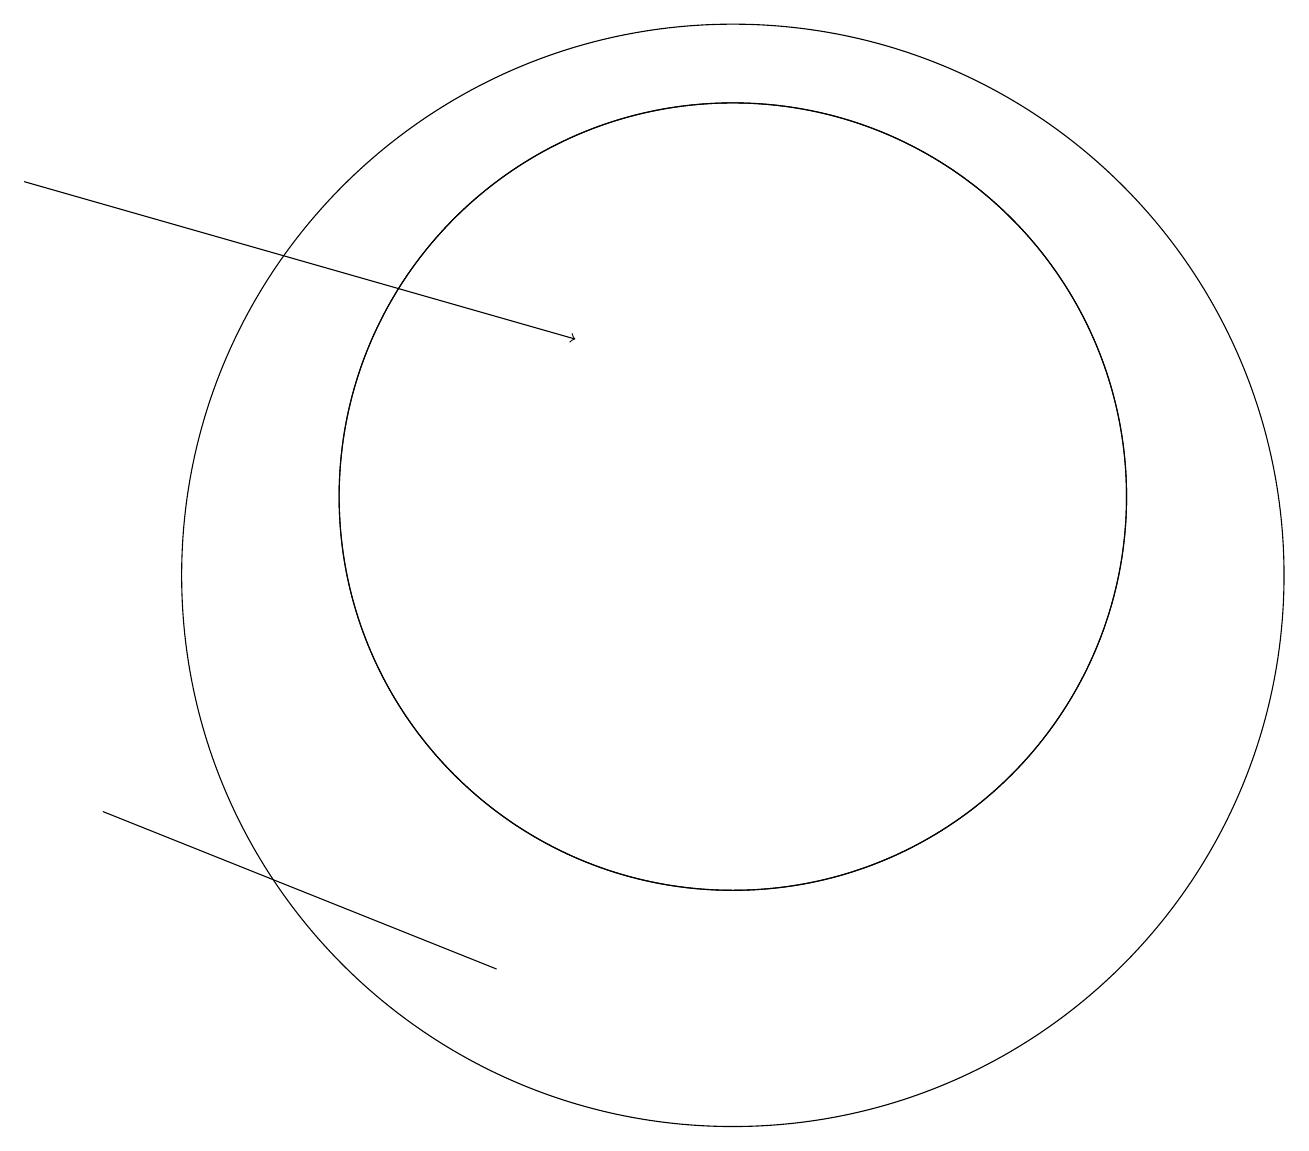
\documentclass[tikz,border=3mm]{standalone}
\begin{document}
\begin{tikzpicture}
\draw (10,11) circle (5);
\draw (10,10) circle (7);
\draw[->] (1,15) -- (8,13);
\draw (7,5) -- (2,7) -- (2,7) -- cycle;
\draw (10,11) circle (5);
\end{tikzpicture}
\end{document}